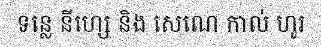
ទន្លេ នីហ្សេ និង សេណេ កាល់ ហូរ